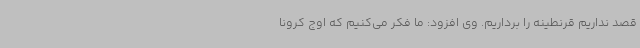
قصد نداریم قرنطینه را برداریم. وی افزود: ما فکر می‌کنیم که اوج کرونا